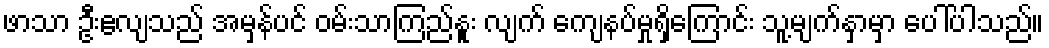
ဖာသာ ဦးဧလျသည် အမှန်ပင် ဝမ်းသာကြည်နူး လျက် ကျေနပ်မှုရှိကြောင်း သူ့မျက်နှာမှာ ပေါ်ပါသည်။